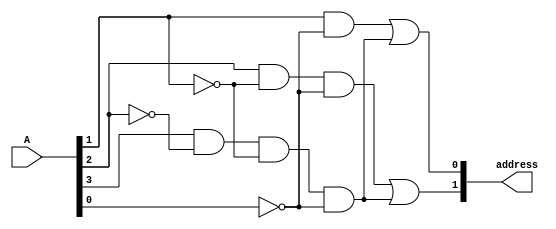
`timescale 1ns / 1ps
//////////////////////////////////////////////////////////////////////////////////
// Company: 
// Engineer: 
// 
// Design Name: 
// Module Name:    next_one 
// Project Name:   hw5-99109393
// Target Devices: 
// Tool versions: 
// Description: 
//
// Dependencies: 
//
// Revision: 
// Revision 0.01 - File Created
// Additional Comments: 
//
//////////////////////////////////////////////////////////////////////////////////
module next_one( // find the first 10 pattern in a 4 bit input
    input [3:0] A,
    output [1:0] address
    );
    assign address[0] = A[1] & ~A[0] | A[3] & ~A[2] & ~A[1] & ~A[0];
    assign address[1] = A[2] & ~A[1] & ~A[0] | A[3] & ~A[2] & ~A[1] & ~A[0];
endmodule